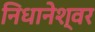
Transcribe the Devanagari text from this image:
निधानेश्वर